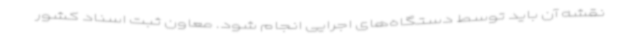
نقشه آن باید توسط دستگاه‌های اجرایی انجام شود. معاون ثبت اسناد کشور